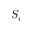
S _ { i }